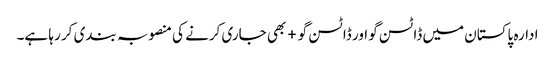
ادارہ پاکستان میں ڈاٹسن گو اور ڈاٹسن گو+ بھی جاری کرنے کی منصوبہ بندی کر رہا ہے۔